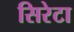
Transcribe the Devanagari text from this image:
सिरेटा